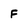
Character: F